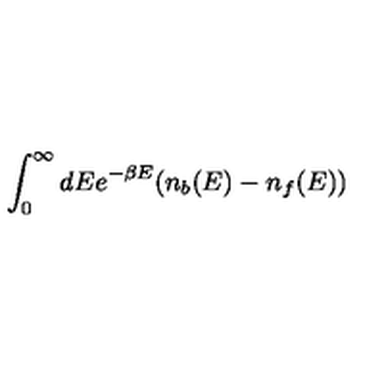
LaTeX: \int _ { 0 } ^ { \infty } d E { e ^ { - \beta E } ( n _ { b } ( E ) - n _ { f } ( E ) ) }